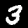
Digit: 3